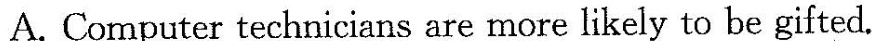
A.Computer technicians are more likely to be gifted.